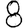
Digit: 8